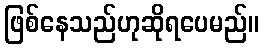
ဖြစ်နေသည်ဟုဆိုရပေမည်။